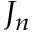
J _ { n }